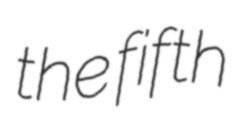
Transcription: the fifth